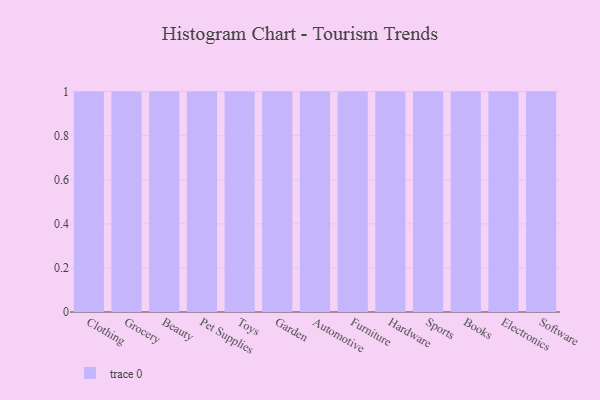
{"axis": {"x": "Category", "y": "Inventory Turnover"}, "legend": [""], "data": [{"x": "Clothing", "y": 31, "type": ""}, {"x": "Grocery", "y": 3, "type": ""}, {"x": "Beauty", "y": 53, "type": ""}, {"x": "Pet Supplies", "y": 6, "type": ""}, {"x": "Toys", "y": 56, "type": ""}, {"x": "Garden", "y": 87, "type": ""}, {"x": "Automotive", "y": 11, "type": ""}, {"x": "Furniture", "y": 99, "type": ""}, {"x": "Hardware", "y": 3, "type": ""}, {"x": "Sports", "y": 70, "type": ""}, {"x": "Books", "y": 1, "type": ""}, {"x": "Electronics", "y": 82, "type": ""}, {"x": "Software", "y": 9, "type": ""}]}